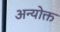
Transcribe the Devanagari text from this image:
अन्योक्त